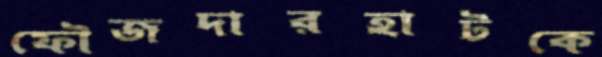
ফৌজদারহাটকে